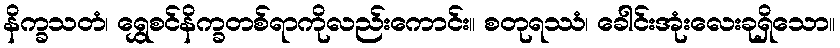
နိက္ခသတံ၊ ရွှေစင်နိက္ခတစ်ရာကိုလည်းကောင်း။ စတုရဿံ၊ ခေါင်းအုံးလေးခုရှိသော။